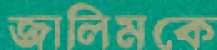
জালিমকে